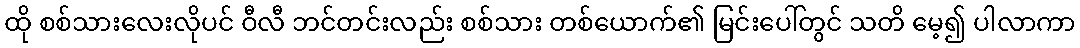
ထို စစ်သားလေးလိုပင် ဝီလီ ဘင်တင်းလည်း စစ်သား တစ်ယောက်၏ မြင်းပေါ်တွင် သတိ မေ့၍ ပါလာကာ